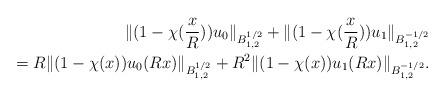
LaTeX: \begin{align*}\aligned\| (1 - \chi(\frac{x}{R})) u_{0} \|_{B_{1,2}^{1/2}} + \| (1 - \chi(\frac{x}{R})) u_{1} \|_{B_{1,2}^{-1/2}} \\ = R \| (1 - \chi(x)) u_{0}(Rx) \|_{B_{1,2}^{1/2}} + R^{2} \| (1 - \chi(x)) u_{1}(Rx) \|_{B_{1,2}^{-1/2}}.\endaligned\end{align*}